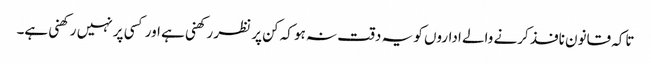
تاکہ قانون نافذ کرنے والے اداروں کو یہ دقت نہ ہو کہ کن پر نظر رکھنی ہے اور کسی پر نہیں رکھنی ہے۔